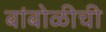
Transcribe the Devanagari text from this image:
बांबोळीची